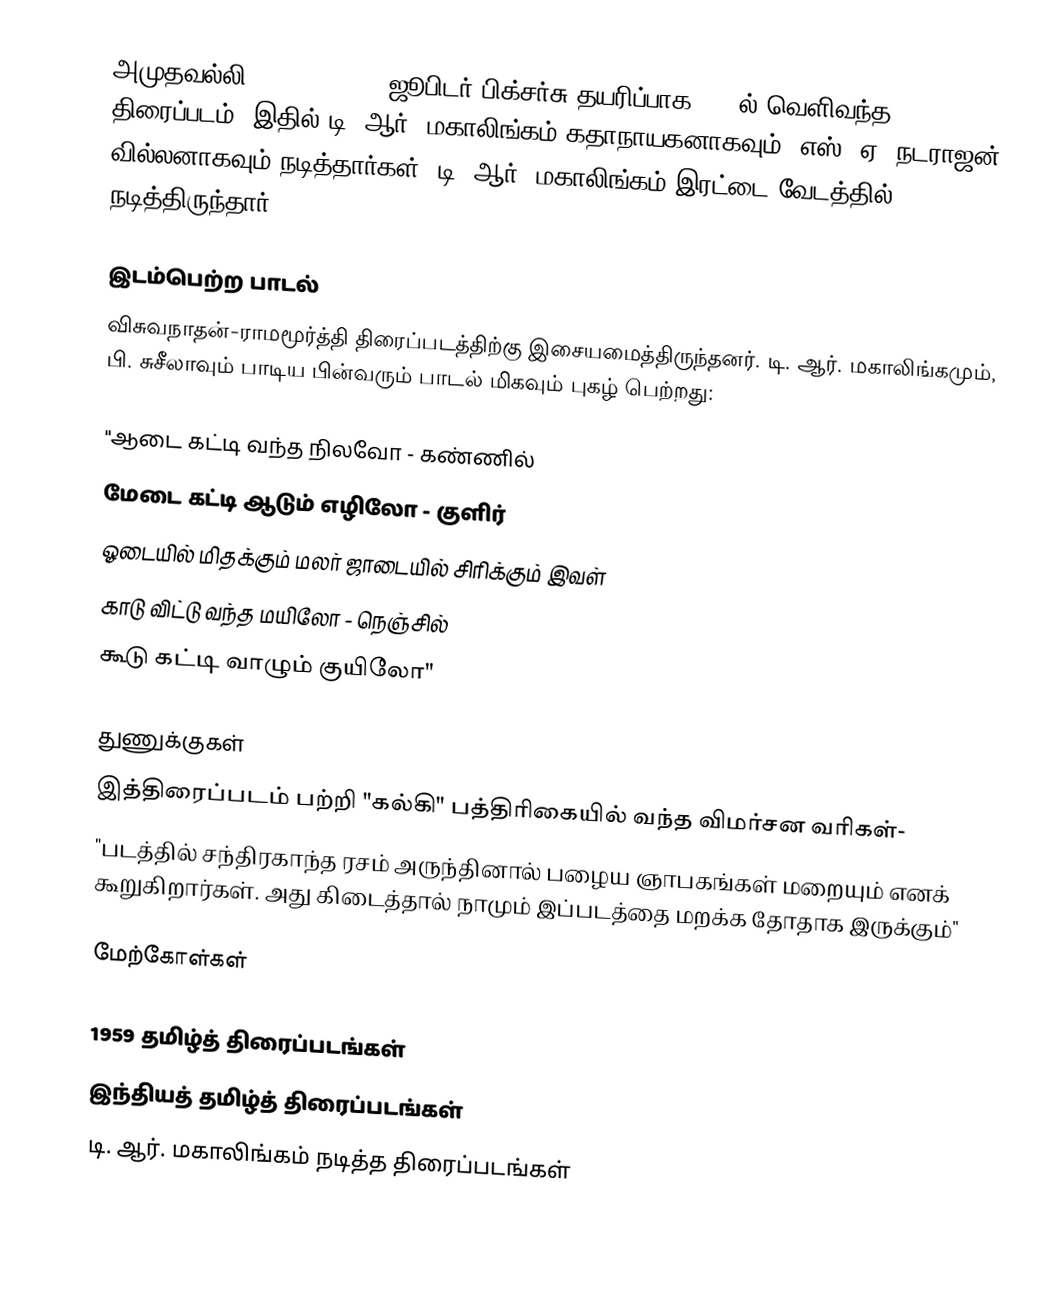
அமுதவல்லி (Amudhavalli) ஜூபிடர் பிக்சர்சு தயரிப்பாக 1959ல் வெளிவந்த திரைப்படம். இதில் டி. ஆர். மகாலிங்கம் கதாநாயகனாகவும், எஸ். ஏ. நடராஜன் வில்லனாகவும் நடித்தார்கள். டி. ஆர். மகாலிங்கம் இரட்டை வேடத்தில் நடித்திருந்தார்.

இடம்பெற்ற பாடல்
விசுவநாதன்-ராமமூர்த்தி திரைப்படத்திற்கு இசையமைத்திருந்தனர். டி. ஆர். மகாலிங்கமும்,  பி. சுசீலாவும் பாடிய பின்வரும் பாடல் மிகவும் புகழ் பெற்றது:

 "ஆடை கட்டி வந்த நிலவோ - கண்ணில்
 மேடை கட்டி ஆடும் எழிலோ - குளிர்
 ஓடையில் மிதக்கும் மலர் ஜாடையில் சிரிக்கும் இவள்
 காடு விட்டு வந்த மயிலோ - நெஞ்சில்
 கூடு கட்டி வாழும் குயிலோ"

துணுக்குகள்
இத்திரைப்படம் பற்றி "கல்கி" பத்திரிகையில் வந்த விமர்சன வரிகள்-
"படத்தில் சந்திரகாந்த ரசம் அருந்தினால் பழைய ஞாபகங்கள் மறையும் எனக் கூறுகிறார்கள். அது கிடைத்தால் நாமும் இப்படத்தை மறக்க தோதாக இருக்கும்"

மேற்கோள்கள்

1959 தமிழ்த் திரைப்படங்கள்
இந்தியத் தமிழ்த் திரைப்படங்கள்
டி. ஆர். மகாலிங்கம் நடித்த திரைப்படங்கள்